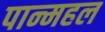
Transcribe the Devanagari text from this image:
पान्महल